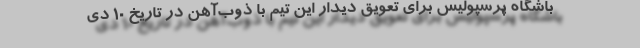
باشگاه پرسپولیس برای تعویق دیدار این تیم با ذوب‌آهن در تاریخ 10 دی